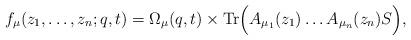
LaTeX: \begin{align*}f_{\mu}(z_1,\dots,z_n;q,t)=\Omega_{\mu}(q,t)\times{\rm Tr}\Big(A_{\mu_1}(z_1) \dots A_{\mu_n}(z_n) S\Big),\end{align*}